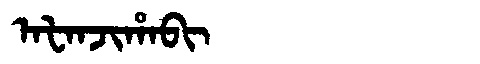
Manchu: ᠠᡶᠠᠨᠵᡳᡥᠠᠪᡳ
Romanization: AFANJIHABI